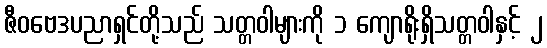
ဇီဝဗေဒပညာရှင်တို့သည် သတ္တဝါများကို ၁ ကျောရိုးရှိသတ္တဝါနှင့် ၂